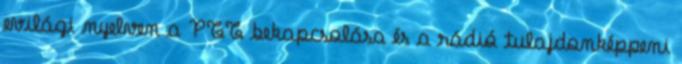
evilági nyelven a PTT bekapcsolása és a rádió tulajdonképpeni